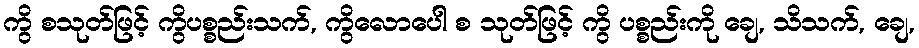
ကွိ စသုတ်ဖြင့် ကွိပစ္စည်းသက်, ကွိလောပေါ စ သုတ်ဖြင့် ကွိ ပစ္စည်းကို ချေ, သိသက်, ချေ,